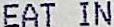
EAT IN